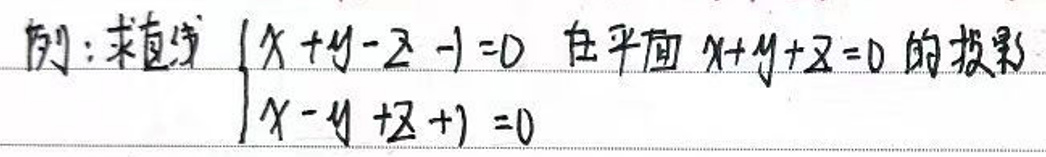
例：求直线\(\begin{cases}x + y - z - 1 = 0 \\ x - y + z + 1 = 0\end{cases}\)在平面\(x + y + z = 0\)的投影